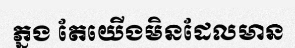
ភ្នង តែយើងមិនដែលមាន